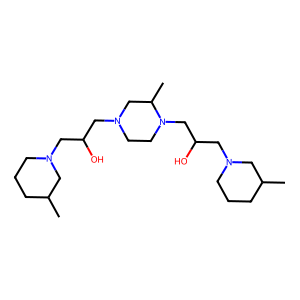
SMILES: CC1CCCN(CC(O)CN2CCN(CC(O)CN3CCCC(C)C3)C(C)C2)C1
Inhibits HIV replication: No